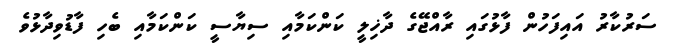
ސަރުކާރު އައިފަހުން ފާޅުގައި ރާއްޖޭގެ ދާޚިލީ ކަންކަމާއި ސިޔާސީ ކަންކަމާއި ބެހި ފާޑުވިދާޅުވެ